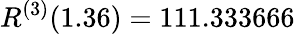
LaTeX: R^{(3)}(1.36)=111.333666